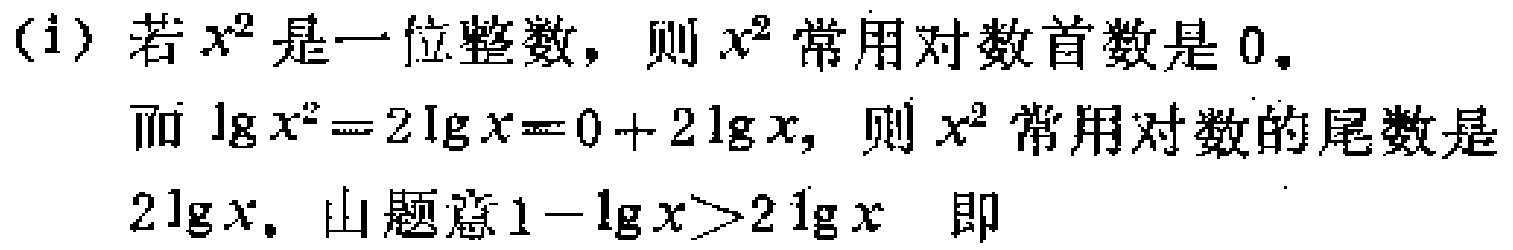
(i) 若$x^{2}$是一位整数，则$x^{2}$常用对数首数是$0$。
而$\lg x^{2}=2\lg x = 0 + 2\lg x$，则$x^{2}$常用对数的尾数是
$2\lg x$。由题意$1-\lg x>2\lg x$ 即